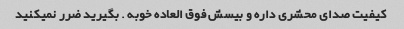
کیفیت صدای محشری داره و بیسش فوق العاده خوبه . بگیرید ضرر نمیکنید